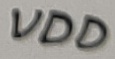
Text: VDD